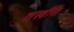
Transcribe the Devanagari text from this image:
तस्वीरें।